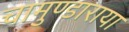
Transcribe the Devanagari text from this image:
चामुण्डाराया